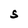
Character: S